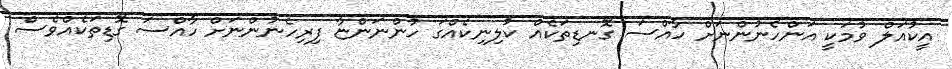
އީކުއަލް ވުމަކީ އަންހެނުންނަށް ހާއްސަ ގޮނޑިތަކެއް ކުލިނިކެއްގަ ހުންނަންޏާ ފިރިހެނުންނަށް ހާއްސަ ގޮޑިތަކެއްވެސް